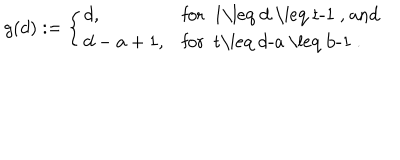
LaTeX: g ( d ) : = \left\{ \begin{array} { l l } { { d , } } & { { \mathrm { f o r ~ 1 \leq ~ d ~ \leq ~ t - 1 ~ , ~ a n d } } } \\ { { d - a + 1 , } } & { { \mathrm { f o r ~ t \leq ~ d - a ~ \leq ~ b - 1 ~ } . } } \\ \end{array} \right.